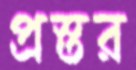
প্রস্তর